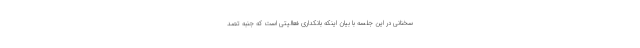
سخنانی در این جلسه با بیان اینکه بانکداری فعالیتی است که جنبه تصد